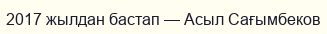
2017 жылдан бастап — Асыл Сағымбеков